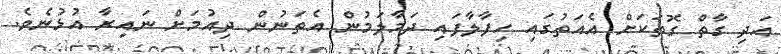
އަދި ގާތް ގޮތަކަށް އެއަތުގައި ހިފާލާފައި ދަމާލަމުން އެތަނުން ދިއުމަށް ނައިރާ އުޅުނެވެ.